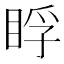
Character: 𥆬